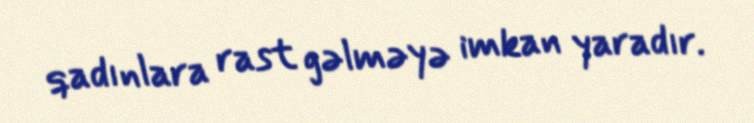
qadınlara rast gəlməyə imkan yaradır.